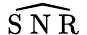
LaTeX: \widehat{\mathrm{~S~N~R~}}